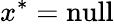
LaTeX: x^{*}={\mathrm{null}}